Tezpur Lunatic Asylum reports 1895-1904 - 1895-1904
Year: 1895
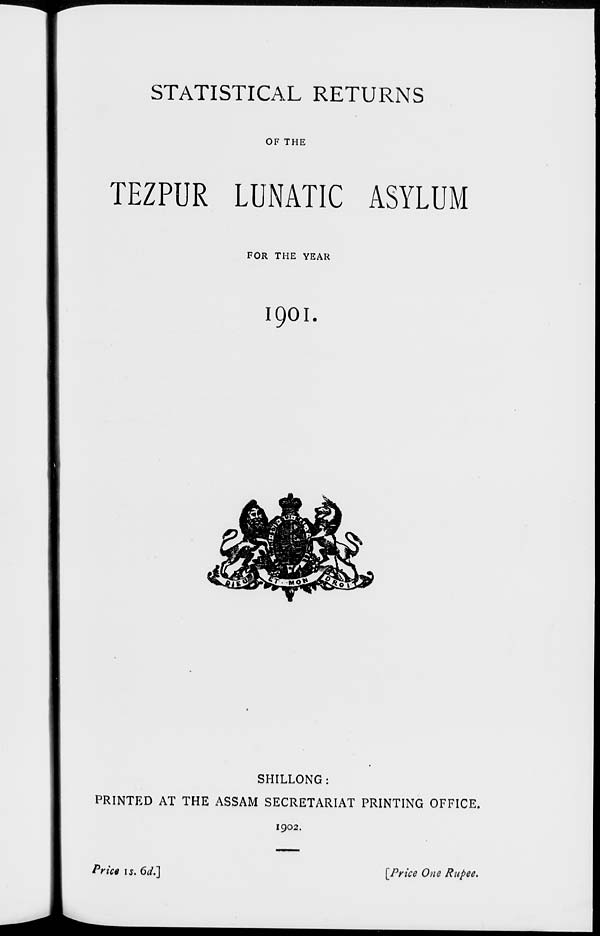
STATISTICAL RETURNS
OF THE
TEZPUR LUNATIC ASYLUM
FOR THE YEAR
1901.
SHILLONG :
PRINTED AT THE ASSAM SECRETARIAT PRINTING OFFICE.
1902.
Price is. 6d.]
[Price One Rupee.